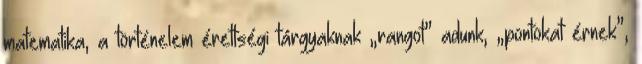
matematika, a történelem érettségi tárgyaknak „rangot” adunk, „pontokat érnek”,